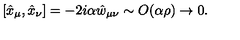
[ \hat { x } _ { \mu } , \hat { x } _ { \nu } ] = - 2 i \alpha \hat { w } _ { \mu \nu } \sim O ( \alpha \rho ) \rightarrow 0 .